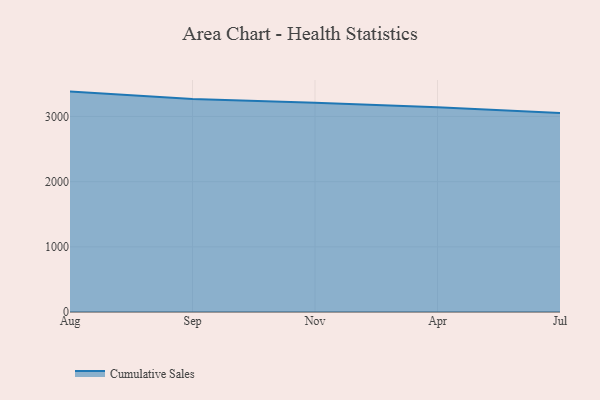
{"axis": {"x": "Month", "y": "Energy Usage (MWh)"}, "legend": ["Cumulative Sales"], "data": [{"x": "Aug", "y": 3381.8, "type": "Cumulative Sales"}, {"x": "Sep", "y": 3269.3, "type": "Cumulative Sales"}, {"x": "Nov", "y": 3211.3, "type": "Cumulative Sales"}, {"x": "Apr", "y": 3142.0, "type": "Cumulative Sales"}, {"x": "Jul", "y": 3052.5, "type": "Cumulative Sales"}]}